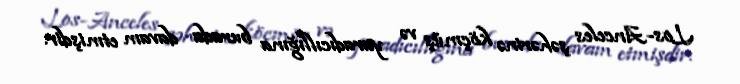
Los-Anceles şəhərinə köçmüş və yaradıcıllığına burada davam etmişdir.